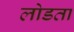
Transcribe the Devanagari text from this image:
लोडता